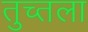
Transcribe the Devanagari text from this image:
तुच्तला